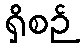
ရှိစဉ်